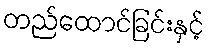
တည်ထောင်ခြင်းနှင့်